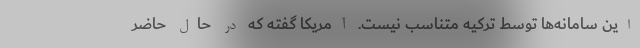
این سامانه‌ها توسط ترکیه متناسب نیست. آمریکا گفته که در حال حاضر